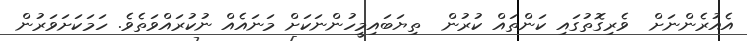
އެއުރެންނަށް  ވެރިގޮތުގައި ކަންތައް ކުރުން  ތިޔަބައިމީހުންނަކަށް މަނައެއް ނުކުރައްވަތެވެ. ހަމަކަށަވަރުން